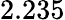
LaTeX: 2.235